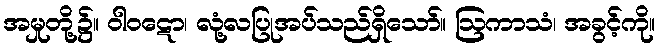
အမှုတို့၌။ ဝါဝဋော၊ လုံ့လပြုအပ်သည်ရှိသော်။ ဩကာသံ၊ အခွင့်ကို။